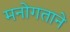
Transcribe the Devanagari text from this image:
मनोगताने